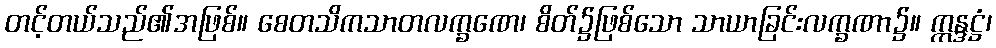
တင့်တယ်သည်၏အဖြစ်။ စေတသိကသာတလက္ခဏေ၊ စိတ်၌ဖြစ်သော သာယာခြင်းလက္ခဏာ၌။ ဣန္ဒဋ္ဌံ၊